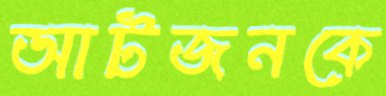
আটজনকে